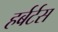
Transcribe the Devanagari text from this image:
हर्बर्टस